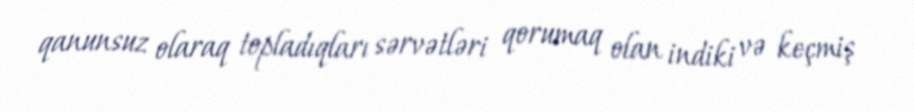
qanunsuz olaraq topladıqları sərvətləri qorumaq olan indiki və keçmiş